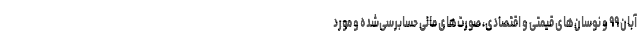
آبان ۹۹ و نوسان‌های قیمتی و اقتصادی، صورت‌های مالی حسابرسی‌شده و مورد